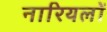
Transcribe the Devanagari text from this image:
नारियलों